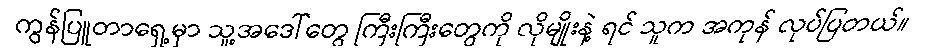
ကွန်ပြူတာရှေ့မှာ သူ့အဒေါ်တွေ ကြီးကြီးတွေကို လိုမျိုးနဲ့ ရင် သူက အကုန် လုပ်ပြတယ်။